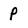
Character: P